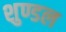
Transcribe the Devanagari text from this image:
शुण्डल